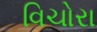
વિચોરા